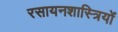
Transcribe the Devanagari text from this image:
रसायनशास्त्रियों